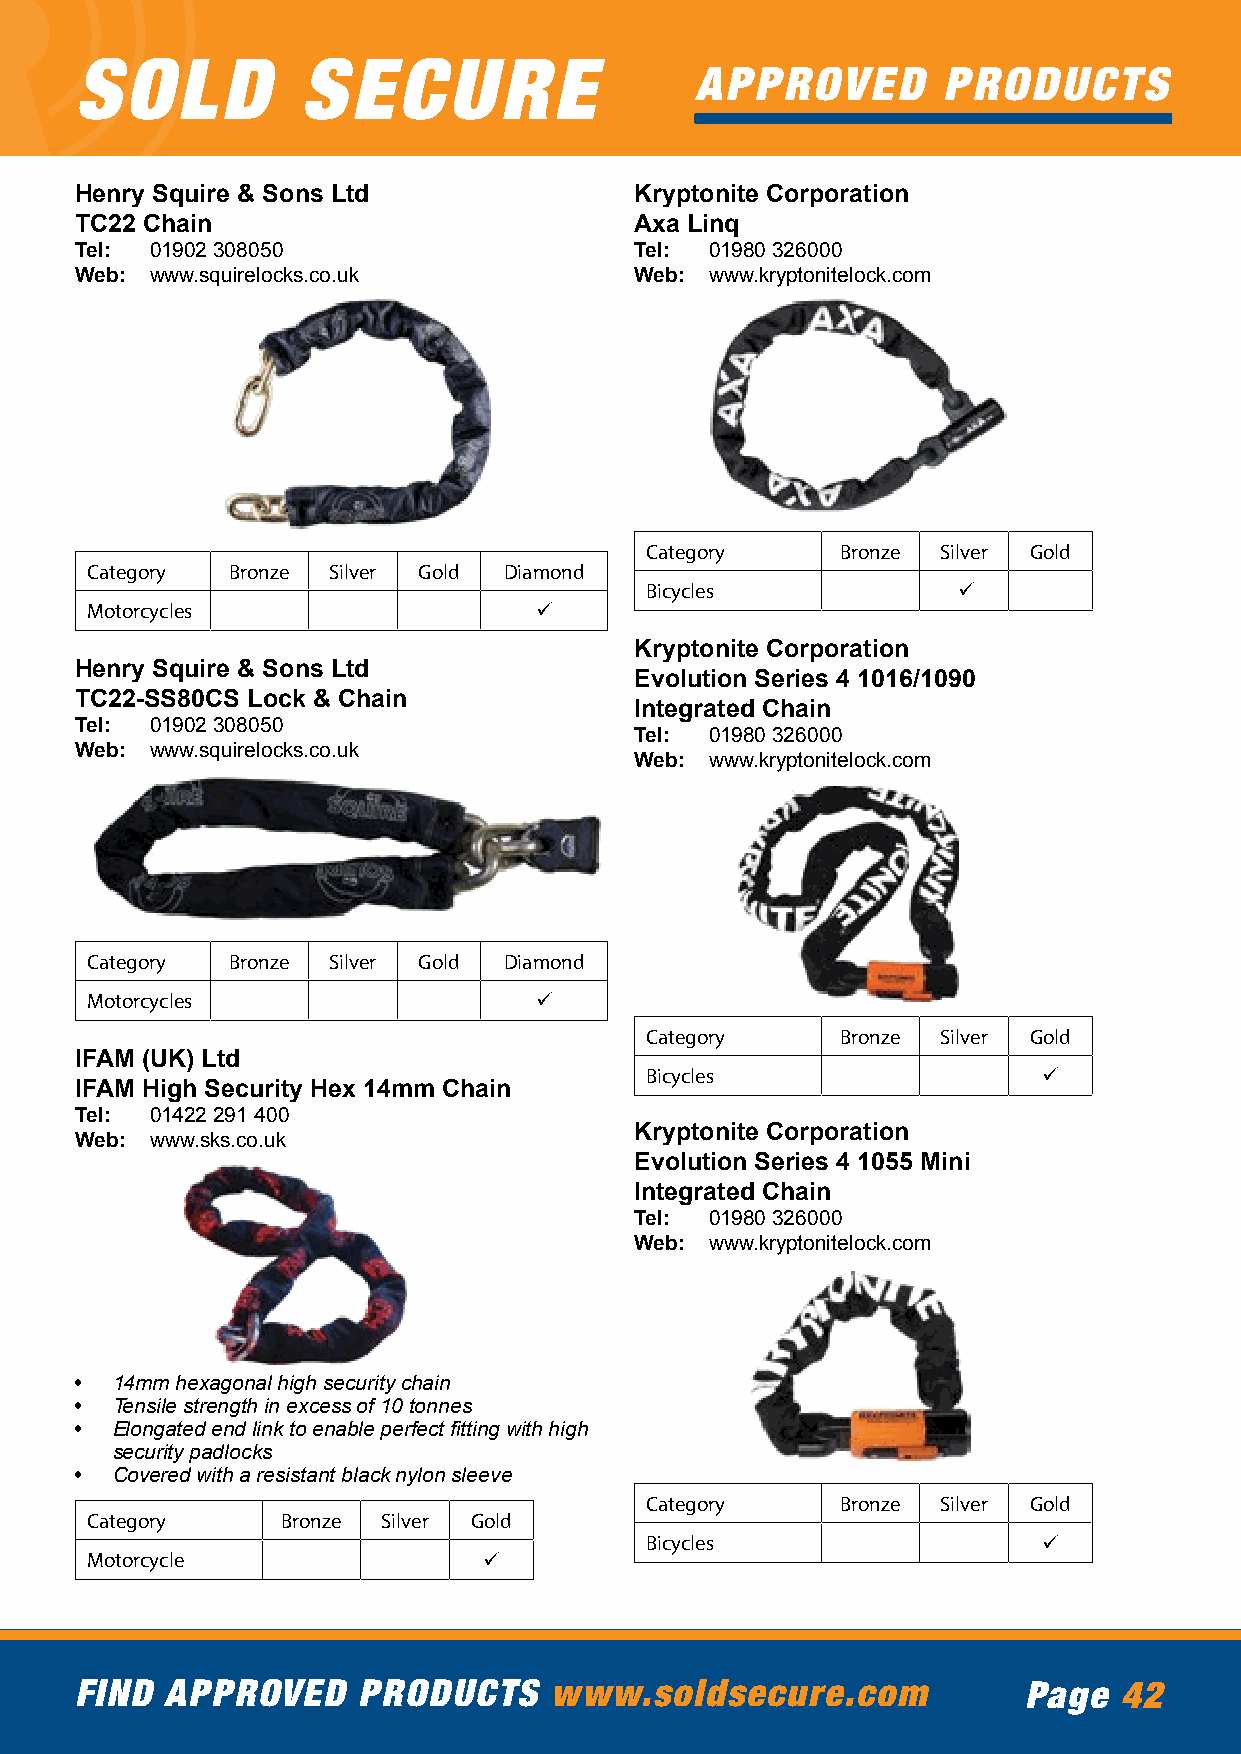
SOLD           SECURE
 APPROVED        PRODUCTS
 Henry Squire & Sons Ltd              Kryptonite Corporation
 TC22 Chain                           Axa Linq
 Tel: 01902 308050                    Tel: 01980 326000
 Web: www.squirelocks.co.uk           Web: www.kryptonitelock.com
 Category     Bronze Silver Gold
 Category Bronze Silver Gold Diamond
 Bicycles            ü
 Motorcycles                  ü
 Kryptonite Corporation
 Henry Squire & Sons Ltd
 Evolution Series 4 1016/1090
 TC22-SS80CS Lock & Chain
 Integrated Chain
 Tel: 01902 308050
 Tel: 01980 326000
 Web: www.squirelocks.co.uk
 Web: www.kryptonitelock.com
 Category Bronze Silver Gold Diamond
 Motorcycles                  ü
 Category     Bronze Silver Gold
 IFAM (UK) Ltd
 Bicycles                  ü
 IFAM High Security Hex 14mm Chain
 Tel: 01422 291 400
 Kryptonite Corporation
 Web: www.sks.co.uk
 Evolution Series 4 1055 Mini
 Integrated Chain
 Tel: 01980 326000
 Web: www.kryptonitelock.com
 • 14mm hexagonal high security chain
 • Tensile strength in excess of 10 tonnes
 • Elongated end link to enable perfect fitting with high
 security padlocks
 • Covered with a resistant black nylon sleeve
 Category     Bronze Silver Gold
 Category     Bronze Silver Gold
 Bicycles                  ü
 Motorcycle                ü
 FIND  APPROVED     PRODUCTS    www.soldsecure.com              Page  42